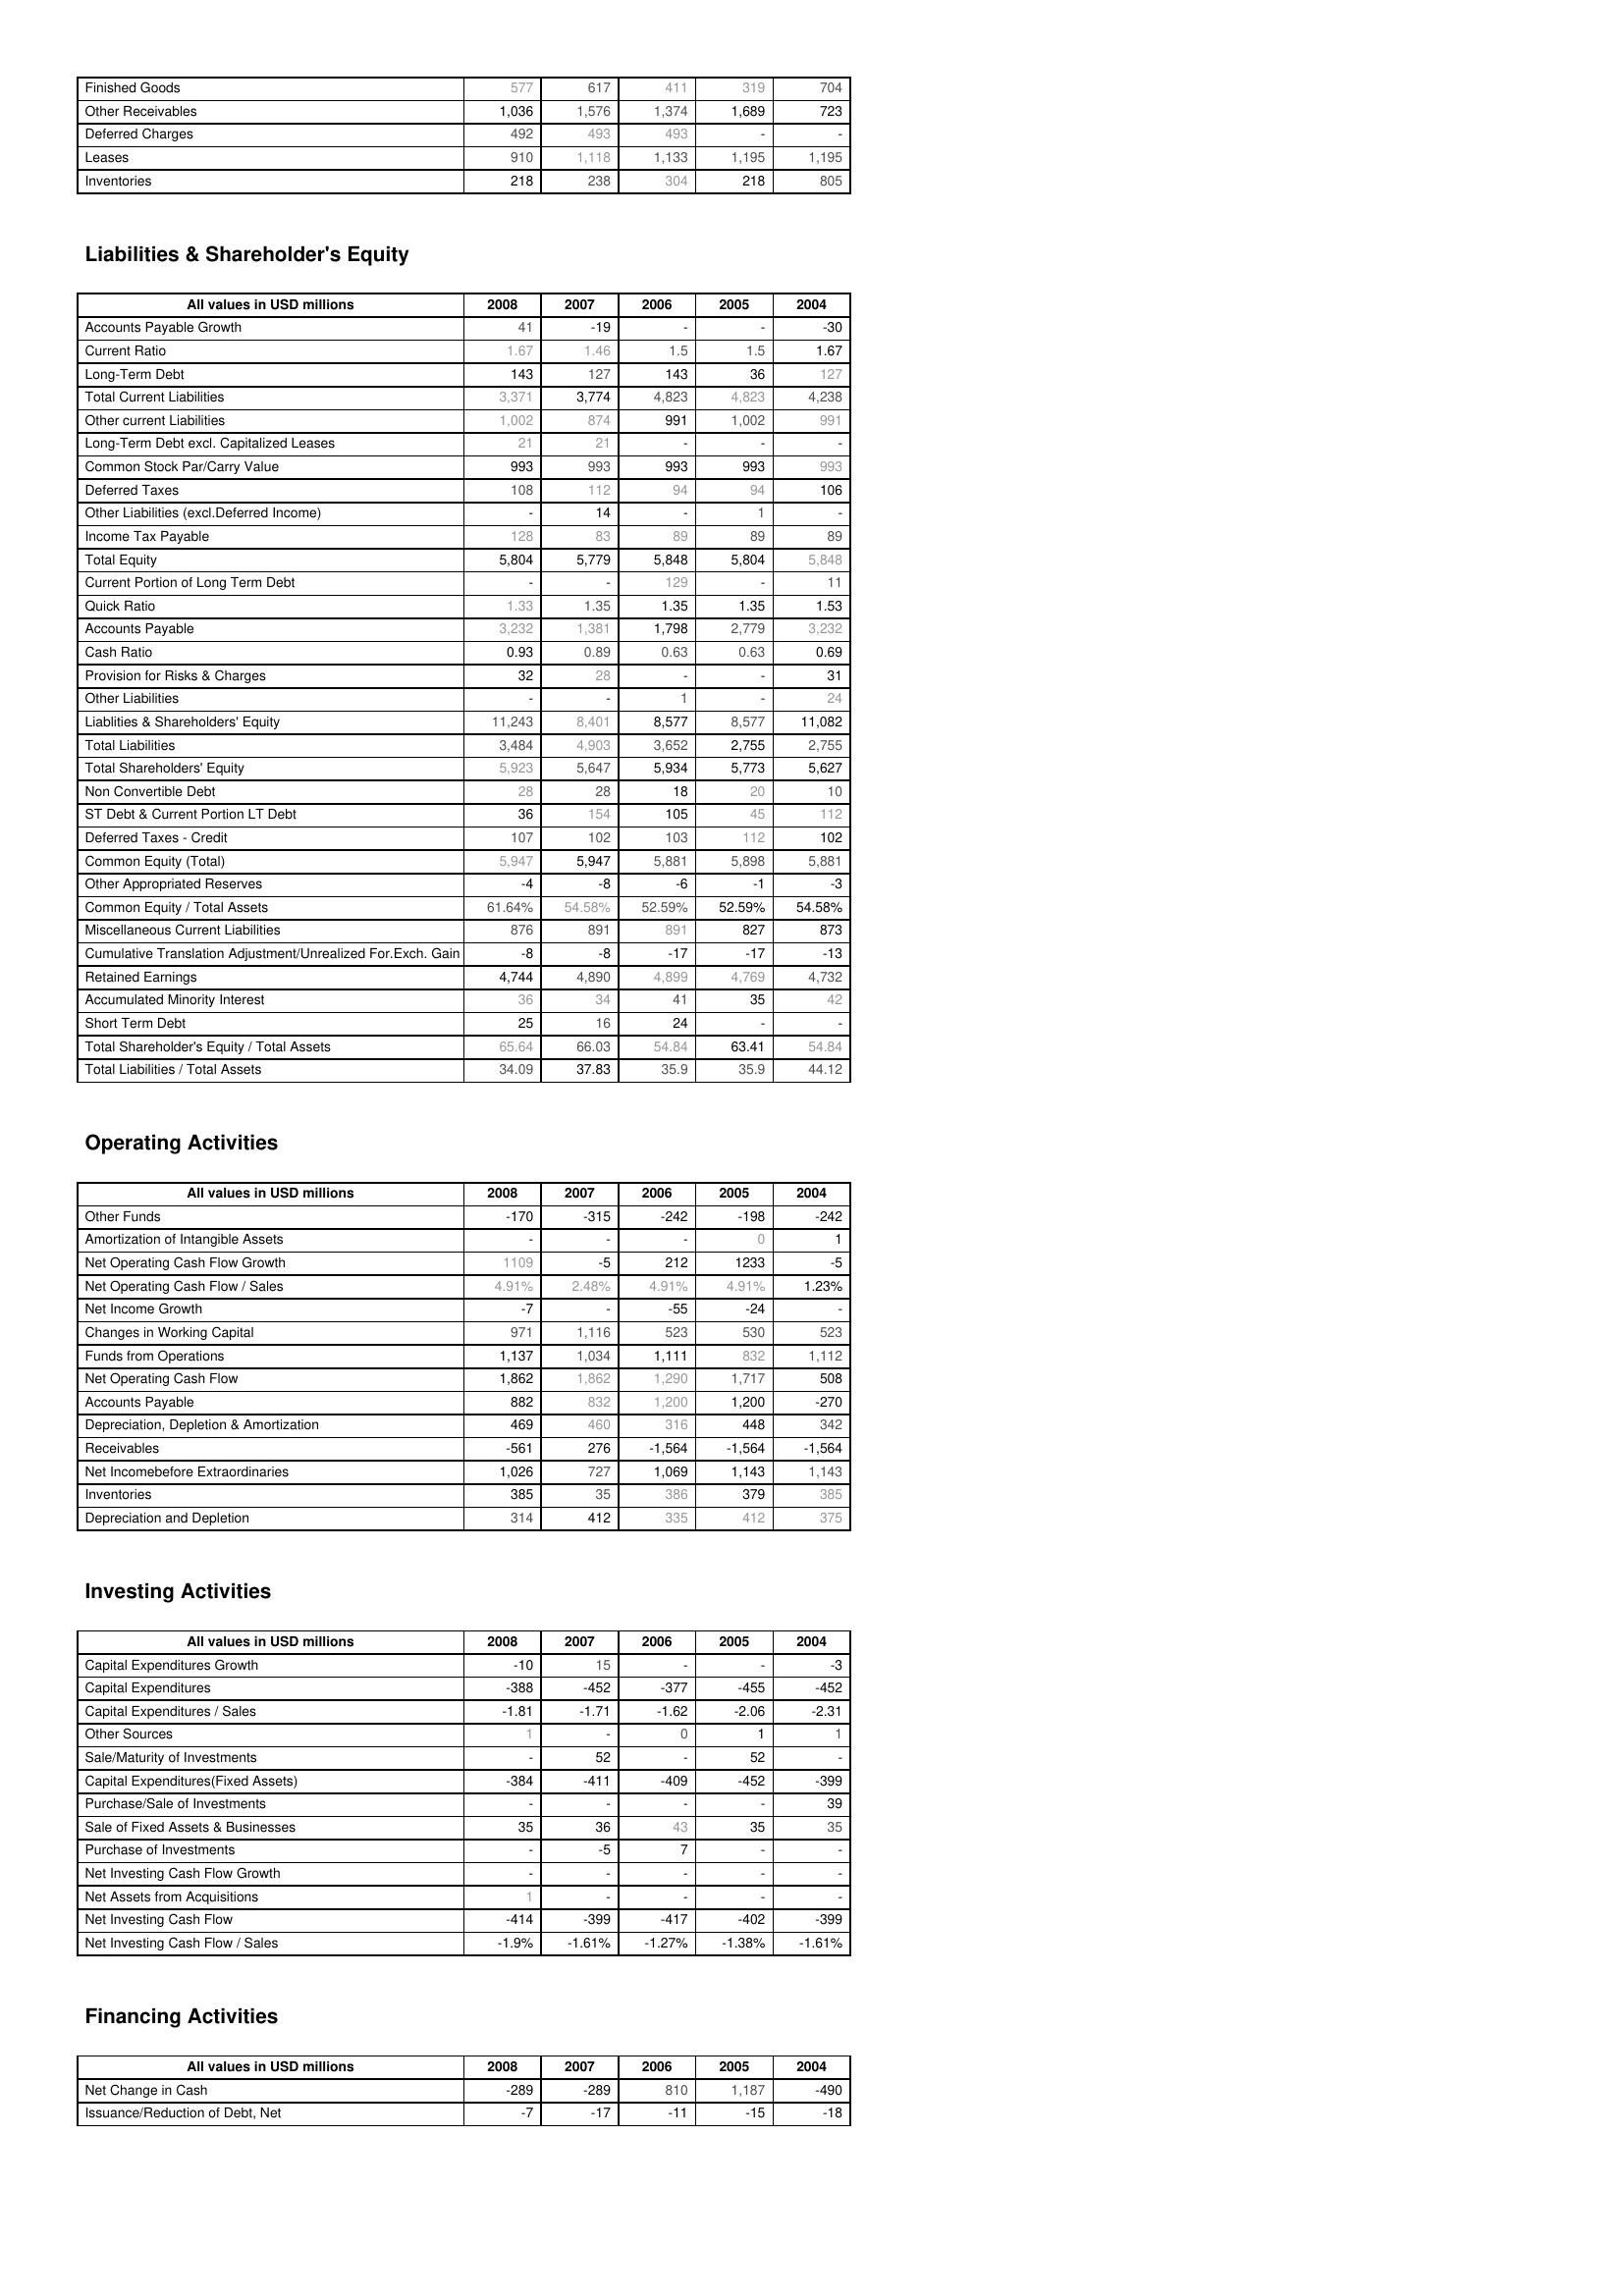
2008: Assets: Finished Goods: 577
Other Receivables: 1,036
Deferred Charges: 492
Leases: 910
Inventories: 218
Liabilities & Shareholder's Equity: Accounts Payable Growth: 41
Current Ratio: 1.67
Long-Term Debt: 143
Total Current Liabilities: 3,371
Other current Liabilities: 1,002
Long-Term Debt excl. Capitalized Leases: 21
Common Stock Par/Carry Value: 993
Deferred Taxes: 108
Other Liabilities (excl.Deferred Income): -
Income Tax Payable: 128
Total Equity: 5,804
Current Portion of Long Term Debt: -
Quick Ratio: 1.33
Accounts Payable: 3,232
Cash Ratio: 0.93
Provision for Risks & Charges: 32
Other Liabilities: -
Liablities & Shareholders' Equity: 11,243
Total Liabilities: 3,484
Total Shareholders' Equity: 5,923
Non Convertible Debt: 28
ST Debt & Current Portion LT Debt: 36
Deferred Taxes - Credit: 107
Common Equity (Total): 5,947
Other Appropriated Reserves: -4
Common Equity / Total Assets: 61.64%
Miscellaneous Current Liabilities: 876
Cumulative Translation Adjustment/Unrealized For.Exch. Gain: -8
Retained Earnings: 4,744
Accumulated Minority Interest: 36
Short Term Debt: 25
Total Shareholder's Equity / Total Assets: 65.64
Total Liabilities / Total Assets: 34.09
Operating Activities: Other Funds: -170
Amortization of Intangible Assets: -
Net Operating Cash Flow Growth: 1109
Net Operating Cash Flow / Sales: 4.91%
Net Income Growth: -7
Changes in Working Capital: 971
Funds from Operations: 1,137
Net Operating Cash Flow: 1,862
Accounts Payable: 882
Depreciation, Depletion & Amortization: 469
Receivables: -561
Net Incomebefore Extraordinaries: 1,026
Inventories: 385
Depreciation and Depletion: 314
Investing Activities: Capital Expenditures Growth: -10
Capital Expenditures: -388
Capital Expenditures / Sales: -1.81
Other Sources: 1
Sale/Maturity of Investments: -
Capital Expenditures(Fixed Assets): -384
Purchase/Sale of Investments: -
Sale of Fixed Assets & Businesses: 35
Purchase of Investments: -
Net Investing Cash Flow Growth: -
Net Assets from Acquisitions: 1
Net Investing Cash Flow: -414
Net Investing Cash Flow / Sales: -1.9%
Financing Activities: Net Change in Cash: -289
Issuance/Reduction of Debt, Net: -7
2007: Assets: Finished Goods: 617
Other Receivables: 1,576
Deferred Charges: 493
Leases: 1,118
Inventories: 238
Liabilities & Shareholder's Equity: Accounts Payable Growth: -19
Current Ratio: 1.46
Long-Term Debt: 127
Total Current Liabilities: 3,774
Other current Liabilities: 874
Long-Term Debt excl. Capitalized Leases: 21
Common Stock Par/Carry Value: 993
Deferred Taxes: 112
Other Liabilities (excl.Deferred Income): 14
Income Tax Payable: 83
Total Equity: 5,779
Current Portion of Long Term Debt: -
Quick Ratio: 1.35
Accounts Payable: 1,381
Cash Ratio: 0.89
Provision for Risks & Charges: 28
Other Liabilities: -
Liablities & Shareholders' Equity: 8,401
Total Liabilities: 4,903
Total Shareholders' Equity: 5,647
Non Convertible Debt: 28
ST Debt & Current Portion LT Debt: 154
Deferred Taxes - Credit: 102
Common Equity (Total): 5,947
Other Appropriated Reserves: -8
Common Equity / Total Assets: 54.58%
Miscellaneous Current Liabilities: 891
Cumulative Translation Adjustment/Unrealized For.Exch. Gain: -8
Retained Earnings: 4,890
Accumulated Minority Interest: 34
Short Term Debt: 16
Total Shareholder's Equity / Total Assets: 66.03
Total Liabilities / Total Assets: 37.83
Operating Activities: Other Funds: -315
Amortization of Intangible Assets: -
Net Operating Cash Flow Growth: -5
Net Operating Cash Flow / Sales: 2.48%
Net Income Growth: -
Changes in Working Capital: 1,116
Funds from Operations: 1,034
Net Operating Cash Flow: 1,862
Accounts Payable: 832
Depreciation, Depletion & Amortization: 460
Receivables: 276
Net Incomebefore Extraordinaries: 727
Inventories: 35
Depreciation and Depletion: 412
Investing Activities: Capital Expenditures Growth: 15
Capital Expenditures: -452
Capital Expenditures / Sales: -1.71
Other Sources: -
Sale/Maturity of Investments: 52
Capital Expenditures(Fixed Assets): -411
Purchase/Sale of Investments: -
Sale of Fixed Assets & Businesses: 36
Purchase of Investments: -5
Net Investing Cash Flow Growth: -
Net Assets from Acquisitions: -
Net Investing Cash Flow: -399
Net Investing Cash Flow / Sales: -1.61%
Financing Activities: Net Change in Cash: -289
Issuance/Reduction of Debt, Net: -17
2006: Assets: Finished Goods: 411
Other Receivables: 1,374
Deferred Charges: 493
Leases: 1,133
Inventories: 304
Liabilities & Shareholder's Equity: Accounts Payable Growth: -
Current Ratio: 1.5
Long-Term Debt: 143
Total Current Liabilities: 4,823
Other current Liabilities: 991
Long-Term Debt excl. Capitalized Leases: -
Common Stock Par/Carry Value: 993
Deferred Taxes: 94
Other Liabilities (excl.Deferred Income): -
Income Tax Payable: 89
Total Equity: 5,848
Current Portion of Long Term Debt: 129
Quick Ratio: 1.35
Accounts Payable: 1,798
Cash Ratio: 0.63
Provision for Risks & Charges: -
Other Liabilities: 1
Liablities & Shareholders' Equity: 8,577
Total Liabilities: 3,652
Total Shareholders' Equity: 5,934
Non Convertible Debt: 18
ST Debt & Current Portion LT Debt: 105
Deferred Taxes - Credit: 103
Common Equity (Total): 5,881
Other Appropriated Reserves: -6
Common Equity / Total Assets: 52.59%
Miscellaneous Current Liabilities: 891
Cumulative Translation Adjustment/Unrealized For.Exch. Gain: -17
Retained Earnings: 4,899
Accumulated Minority Interest: 41
Short Term Debt: 24
Total Shareholder's Equity / Total Assets: 54.84
Total Liabilities / Total Assets: 35.9
Operating Activities: Other Funds: -242
Amortization of Intangible Assets: -
Net Operating Cash Flow Growth: 212
Net Operating Cash Flow / Sales: 4.91%
Net Income Growth: -55
Changes in Working Capital: 523
Funds from Operations: 1,111
Net Operating Cash Flow: 1,290
Accounts Payable: 1,200
Depreciation, Depletion & Amortization: 316
Receivables: -1,564
Net Incomebefore Extraordinaries: 1,069
Inventories: 386
Depreciation and Depletion: 335
Investing Activities: Capital Expenditures Growth: -
Capital Expenditures: -377
Capital Expenditures / Sales: -1.62
Other Sources: 0
Sale/Maturity of Investments: -
Capital Expenditures(Fixed Assets): -409
Purchase/Sale of Investments: -
Sale of Fixed Assets & Businesses: 43
Purchase of Investments: 7
Net Investing Cash Flow Growth: -
Net Assets from Acquisitions: -
Net Investing Cash Flow: -417
Net Investing Cash Flow / Sales: -1.27%
Financing Activities: Net Change in Cash: 810
Issuance/Reduction of Debt, Net: -11
2005: Assets: Finished Goods: 319
Other Receivables: 1,689
Deferred Charges: -
Leases: 1,195
Inventories: 218
Liabilities & Shareholder's Equity: Accounts Payable Growth: -
Current Ratio: 1.5
Long-Term Debt: 36
Total Current Liabilities: 4,823
Other current Liabilities: 1,002
Long-Term Debt excl. Capitalized Leases: -
Common Stock Par/Carry Value: 993
Deferred Taxes: 94
Other Liabilities (excl.Deferred Income): 1
Income Tax Payable: 89
Total Equity: 5,804
Current Portion of Long Term Debt: -
Quick Ratio: 1.35
Accounts Payable: 2,779
Cash Ratio: 0.63
Provision for Risks & Charges: -
Other Liabilities: -
Liablities & Shareholders' Equity: 8,577
Total Liabilities: 2,755
Total Shareholders' Equity: 5,773
Non Convertible Debt: 20
ST Debt & Current Portion LT Debt: 45
Deferred Taxes - Credit: 112
Common Equity (Total): 5,898
Other Appropriated Reserves: -1
Common Equity / Total Assets: 52.59%
Miscellaneous Current Liabilities: 827
Cumulative Translation Adjustment/Unrealized For.Exch. Gain: -17
Retained Earnings: 4,769
Accumulated Minority Interest: 35
Short Term Debt: -
Total Shareholder's Equity / Total Assets: 63.41
Total Liabilities / Total Assets: 35.9
Operating Activities: Other Funds: -198
Amortization of Intangible Assets: 0
Net Operating Cash Flow Growth: 1233
Net Operating Cash Flow / Sales: 4.91%
Net Income Growth: -24
Changes in Working Capital: 530
Funds from Operations: 832
Net Operating Cash Flow: 1,717
Accounts Payable: 1,200
Depreciation, Depletion & Amortization: 448
Receivables: -1,564
Net Incomebefore Extraordinaries: 1,143
Inventories: 379
Depreciation and Depletion: 412
Investing Activities: Capital Expenditures Growth: -
Capital Expenditures: -455
Capital Expenditures / Sales: -2.06
Other Sources: 1
Sale/Maturity of Investments: 52
Capital Expenditures(Fixed Assets): -452
Purchase/Sale of Investments: -
Sale of Fixed Assets & Businesses: 35
Purchase of Investments: -
Net Investing Cash Flow Growth: -
Net Assets from Acquisitions: -
Net Investing Cash Flow: -402
Net Investing Cash Flow / Sales: -1.38%
Financing Activities: Net Change in Cash: 1,187
Issuance/Reduction of Debt, Net: -15
2004: Assets: Finished Goods: 704
Other Receivables: 723
Deferred Charges: -
Leases: 1,195
Inventories: 805
Liabilities & Shareholder's Equity: Accounts Payable Growth: -30
Current Ratio: 1.67
Long-Term Debt: 127
Total Current Liabilities: 4,238
Other current Liabilities: 991
Long-Term Debt excl. Capitalized Leases: -
Common Stock Par/Carry Value: 993
Deferred Taxes: 106
Other Liabilities (excl.Deferred Income): -
Income Tax Payable: 89
Total Equity: 5,848
Current Portion of Long Term Debt: 11
Quick Ratio: 1.53
Accounts Payable: 3,232
Cash Ratio: 0.69
Provision for Risks & Charges: 31
Other Liabilities: 24
Liablities & Shareholders' Equity: 11,082
Total Liabilities: 2,755
Total Shareholders' Equity: 5,627
Non Convertible Debt: 10
ST Debt & Current Portion LT Debt: 112
Deferred Taxes - Credit: 102
Common Equity (Total): 5,881
Other Appropriated Reserves: -3
Common Equity / Total Assets: 54.58%
Miscellaneous Current Liabilities: 873
Cumulative Translation Adjustment/Unrealized For.Exch. Gain: -13
Retained Earnings: 4,732
Accumulated Minority Interest: 42
Short Term Debt: -
Total Shareholder's Equity / Total Assets: 54.84
Total Liabilities / Total Assets: 44.12
Operating Activities: Other Funds: -242
Amortization of Intangible Assets: 1
Net Operating Cash Flow Growth: -5
Net Operating Cash Flow / Sales: 1.23%
Net Income Growth: -
Changes in Working Capital: 523
Funds from Operations: 1,112
Net Operating Cash Flow: 508
Accounts Payable: -270
Depreciation, Depletion & Amortization: 342
Receivables: -1,564
Net Incomebefore Extraordinaries: 1,143
Inventories: 385
Depreciation and Depletion: 375
Investing Activities: Capital Expenditures Growth: -3
Capital Expenditures: -452
Capital Expenditures / Sales: -2.31
Other Sources: 1
Sale/Maturity of Investments: -
Capital Expenditures(Fixed Assets): -399
Purchase/Sale of Investments: 39
Sale of Fixed Assets & Businesses: 35
Purchase of Investments: -
Net Investing Cash Flow Growth: -
Net Assets from Acquisitions: -
Net Investing Cash Flow: -399
Net Investing Cash Flow / Sales: -1.61%
Financing Activities: Net Change in Cash: -490
Issuance/Reduction of Debt, Net: -18